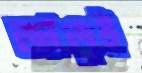
জাতুই